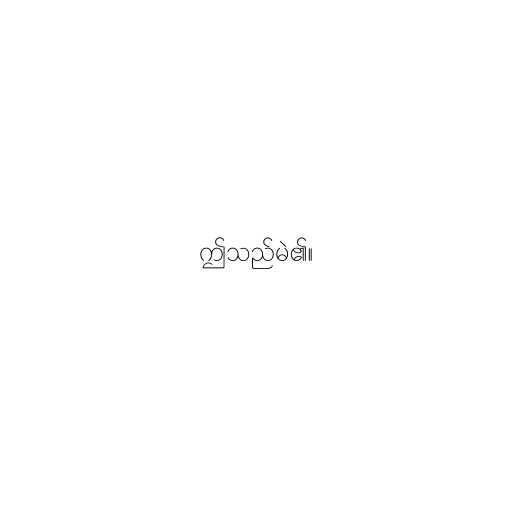
ဤသည်မဲ၏။